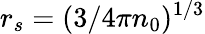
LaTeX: r_{s}=(3/4\pi n_{0})^{1/3}